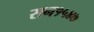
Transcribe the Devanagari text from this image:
सन१५४७